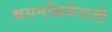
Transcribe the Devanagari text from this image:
श्वसनक्रियेसाठी